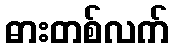
ဓားတစ်လက်